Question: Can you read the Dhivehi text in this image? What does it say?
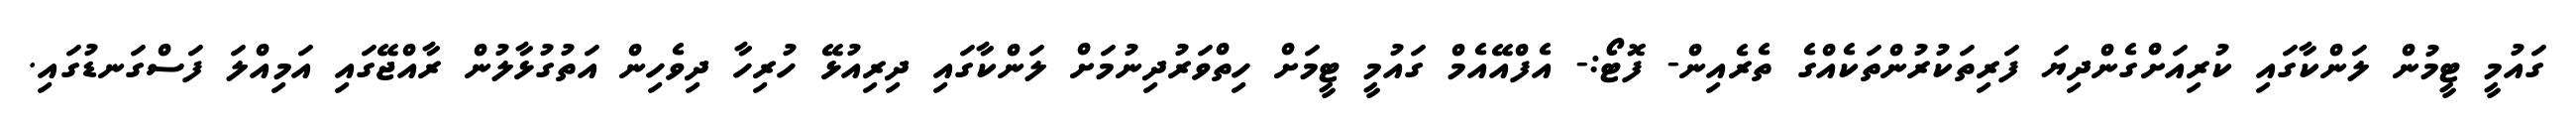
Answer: ގައުމީ ޓީމުން ލަންކާގައި ކުރިއަށްގެންދިޔަ ފަރިތަކުރުންތަކެއްގެ ތެރެއިން- ފޮޓޯ:- އެފްއޭއެމް ގައުމީ ޓީމަށް ހިތްވަރުދިނުމަށް ލަންކާގައި ދިރިއުޅޭ ހުރިހާ ދިވެހިން އަތުގުޅާލުން ރާއްޖޭގައި އަމިއްލަ ފަސްގަނޑުގައި.